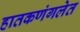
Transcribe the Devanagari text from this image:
हातकणंगलेत